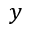
y